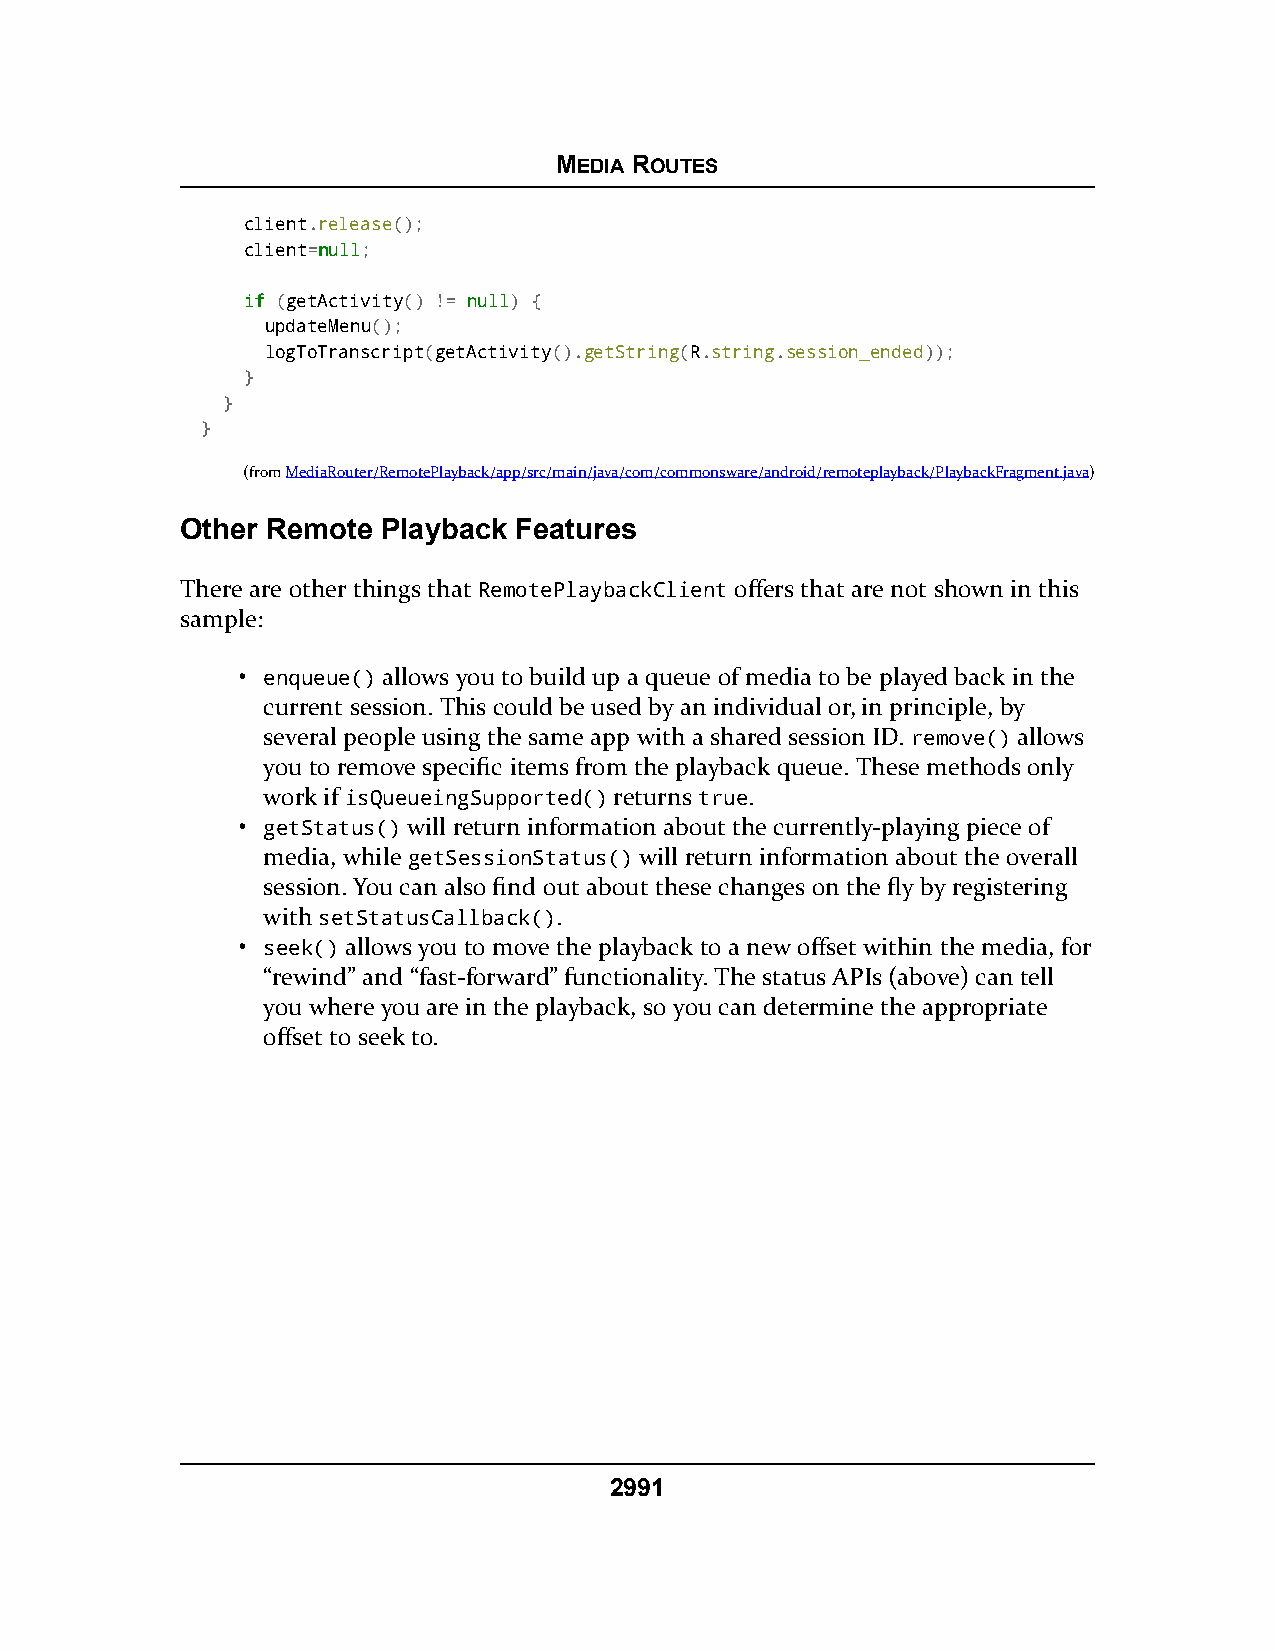
MEDIA ROUTES
 client.release();
 client=nnuullll;
 iiff (getActivity() != nnuullll) {
 updateMenu();
 logToTranscript(getActivity().getString(R.string.session_ended));
 }
 }
 }
 (fromMediaRouter/RemotePlayback/app/src/main/java/com/commonsware/android/remoteplayback/PlaybackFragment.java)
 Other Remote Playback Features
 There are other things that RemotePlaybackClient offers that are not shown in this
 sample:
 • enqueue() allows you to build up a queue of media to be played back in the
 current session. This could be used by an individual or, in principle, by
 several people using the same app with a shared session ID. remove() allows
 you to remove specific items from the playback queue. These methods only
 work if isQueueingSupported() returns true.
 • getStatus() will return information about the currently-playing piece of
 media, while getSessionStatus() will return information about the overall
 session. You can also find out about these changes on the fly by registering
 with setStatusCallback().
 • seek() allows you to move the playback to a new offset within the media, for
 “rewind” and “fast-forward” functionality. The status APIs (above) can tell
 you where you are in the playback, so you can determine the appropriate
 offset to seek to.
 2991